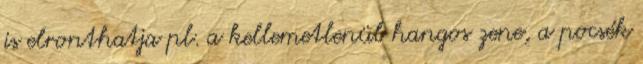
is elronthatja pl. a kellemetlenül hangos zene, a pocsék